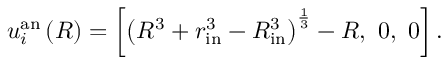
u _ { i } ^ { \mathrm { a n } } \left( R \right) = \left[ \left( R ^ { 3 } + r _ { \mathrm { i n } } ^ { 3 } - R _ { \mathrm { i n } } ^ { 3 } \right) ^ { \frac { 1 } { 3 } } - R , \ 0 , \ 0 \right] .